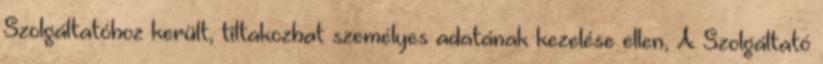
Szolgáltatóhoz került, tiltakozhat személyes adatának kezelése ellen, A Szolgáltató